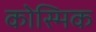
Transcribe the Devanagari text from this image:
कोस्मिक